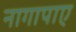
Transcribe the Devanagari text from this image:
नागापाए